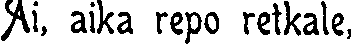
Ai, aika repo retkale,